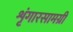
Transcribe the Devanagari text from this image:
शृंगारसामग्री